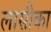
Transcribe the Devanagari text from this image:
लासीका